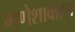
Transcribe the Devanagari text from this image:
गणेशावाहन